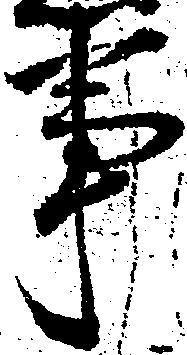
事